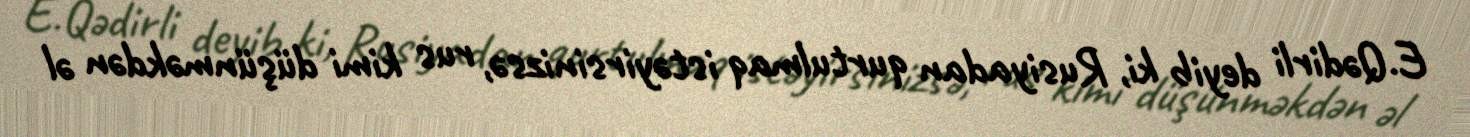
E.Qədirli deyib ki, Rusiyadan qurtulmaq istəyirsinizsə, rus kimi düşünməkdən əl